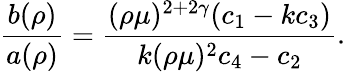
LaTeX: \left.\frac{b(\rho)}{a(\rho)}=\frac{(\rho\mu)^{2+2\gamma}(c_{1}-kc_{3})}{k(\rho\mu)^{2}c_{4}-c_{2}}\right..